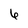
Character: 6